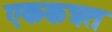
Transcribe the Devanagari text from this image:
एककत्रत